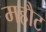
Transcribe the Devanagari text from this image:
महौट